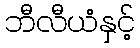
ဘီလီယံနှင့်